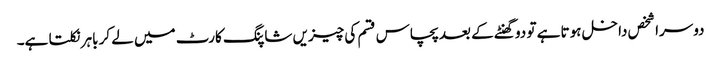
دوسرا شخص داخل ہوتا ہے تو دو گھنٹے کے بعد پچاس قسم کی چیزیں شاپنگ کارٹ میں لے کر باہر نکلتا ہے۔